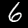
Label: 6